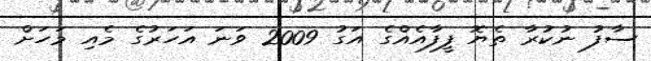
ސާފު ނުކުރާ ތެޔޮ ފީފާއެއްގެ އަގު 2009 ވަނަ އަހަރުގެ މެއި މަހަށް